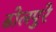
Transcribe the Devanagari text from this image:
ढोलपुरे